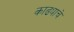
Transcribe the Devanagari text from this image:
काढ्याचे